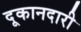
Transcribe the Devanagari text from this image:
दूकानदारी